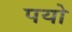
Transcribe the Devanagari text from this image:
पयो